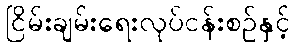
ငြိမ်းချမ်းရေးလုပ်ငန်းစဉ်နှင့်